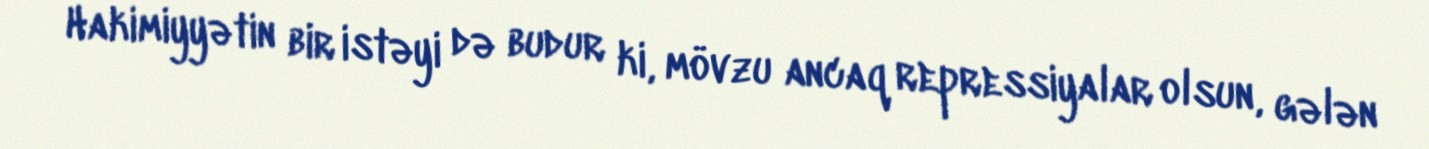
Hakimiyyətin bir istəyi də budur ki, mövzu ancaq repressiyalar olsun, gələn